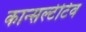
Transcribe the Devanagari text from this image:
कान्सल्टेटिव